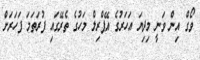
ވޯގް އިން ވަނީ މިދިޔަ އަހަރުގެ އޭޕްރިލް މަހުގެ ތެރޭގައި ފުރަތަމަ ފަހަރަށް